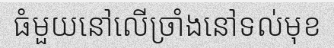
ធំមួយនៅលើច្រាំងនៅទល់មុខ